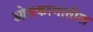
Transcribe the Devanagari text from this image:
ओतकामातील